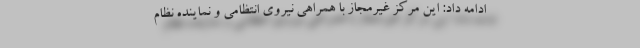
ادامه داد: این مرکز غیرمجاز با همراهی نیروی انتظامی و نماینده نظام